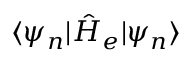
\langle \psi _ { n } | \hat { H } _ { e } | \psi _ { n } \rangle